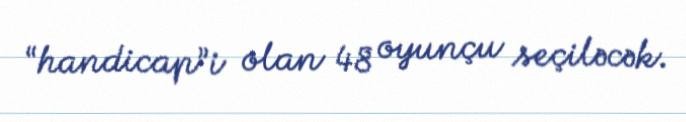
“handicap”i olan 48 oyunçu seçiləcək.